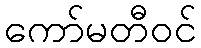
ကော်မတီဝင်